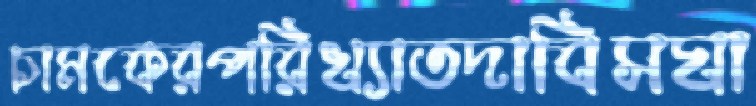
চামকেরপরিখ্যাতদাবিসঘা